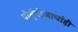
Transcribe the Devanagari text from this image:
पोर्तुगीजाचांही